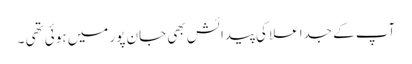
آپ کے جداعلا کی پیدائش بھی جان پور میں ہوئی تھی ۔